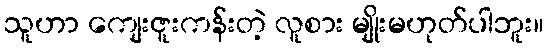
သူဟာ ကျေးဇူးကန်းတဲ့ လူစား မျိုးမဟုတ်ပါဘူး။